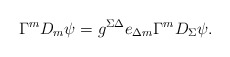
\begin{align*}\Gamma^mD_m\psi=g^{\Sigma\Delta}e_{\Delta m}\Gamma^mD_\Sigma\psi.\end{align*}